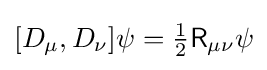
[D_{\mu },D_{\nu }]\psi ={\tfrac {1}{2}}{\mathsf {R}}_{\mu \nu }\psi